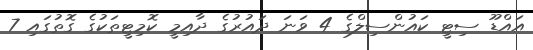
އައްޑޫ ސިޓީ ކައުންސިލްގެ 4 ވަނަ ދައުރުގެ ދާއިމީ ކޮމިޓީތަކުގެ ގޮތުގައި 7